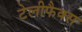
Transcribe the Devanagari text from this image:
टेलीफैक्स